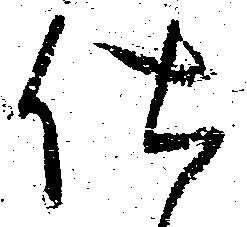
仕